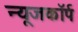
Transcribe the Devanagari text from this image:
न्यूजकॉर्प